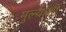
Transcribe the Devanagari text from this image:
मुल्यांशी